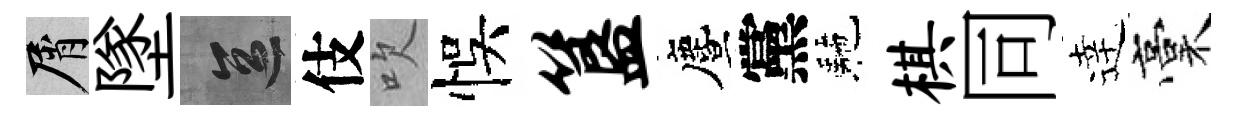
屑墜區伎吹悞簋󵨌黨駰棋同逹稾